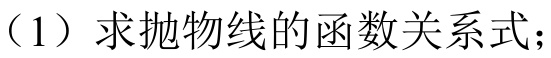
（1）求抛物线的函数关系式；